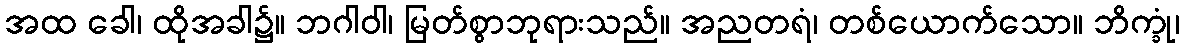
အထ ခေါ၊ ထိုအခါ၌။ ဘဂါဝါ၊ မြတ်စွာဘုရားသည်။ အညတရံ၊ တစ်ယောက်သော။ ဘိက္ခုံ၊